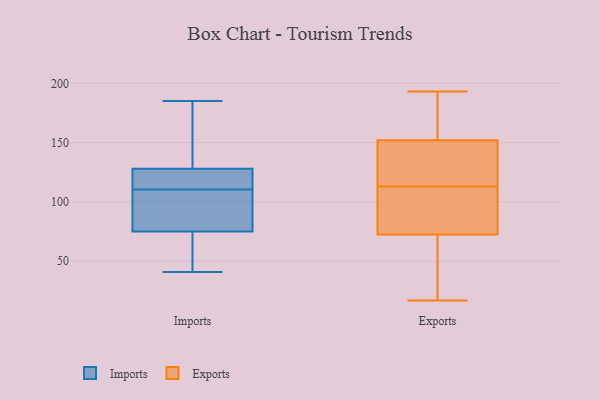
{"axis": {"x": "Production Output", "y": "Value"}, "legend": ["Exports", "Imports"], "data": [{"x": "", "y": 130, "type": "Imports"}, {"x": "", "y": 49, "type": "Imports"}, {"x": "", "y": 124, "type": "Imports"}, {"x": "", "y": 126, "type": "Imports"}, {"x": "", "y": 105, "type": "Imports"}, {"x": "", "y": 146, "type": "Imports"}, {"x": "", "y": 41, "type": "Imports"}, {"x": "", "y": 70, "type": "Imports"}, {"x": "", "y": 185, "type": "Imports"}, {"x": "", "y": 113, "type": "Imports"}, {"x": "", "y": 108, "type": "Imports"}, {"x": "", "y": 80, "type": "Imports"}, {"x": "", "y": 159, "type": "Exports"}, {"x": "", "y": 141, "type": "Exports"}, {"x": "", "y": 97, "type": "Exports"}, {"x": "", "y": 32, "type": "Exports"}, {"x": "", "y": 17, "type": "Exports"}, {"x": "", "y": 98, "type": "Exports"}, {"x": "", "y": 77, "type": "Exports"}, {"x": "", "y": 131, "type": "Exports"}, {"x": "", "y": 75, "type": "Exports"}, {"x": "", "y": 64, "type": "Exports"}, {"x": "", "y": 70, "type": "Exports"}, {"x": "", "y": 145, "type": "Exports"}, {"x": "", "y": 161, "type": "Exports"}, {"x": "", "y": 191, "type": "Exports"}, {"x": "", "y": 128, "type": "Exports"}, {"x": "", "y": 193, "type": "Exports"}]}